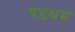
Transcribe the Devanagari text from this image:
षडश्रम